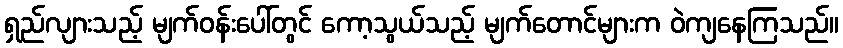
ရှည်လျားသည့် မျက်ဝန်းပေါ်တွင် ကော့သွယ်သည့် မျက်တောင်များက ဝဲကျနေကြသည်။